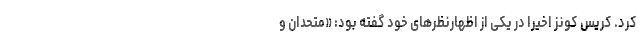
کرد. کریس کونز اخیرا در یکی از اظهارنظرهای خود گفته بود: «متحدان و